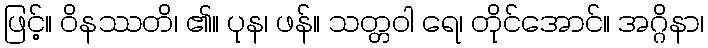
ဖြင့်။ ဝိနဿတိ၊ ၏။ ပုန၊ ဖန်။ သတ္တဝါ ရေ၊ တိုင်အောင်။ အဂ္ဂိနာ၊